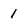
Character: 1